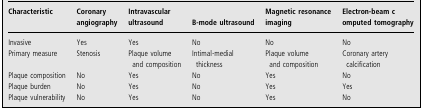
<table><thead><tr><td><b>Characteristic</b></td><td><b>Coronary angiography</b></td><td><b>Intravascular ultrasound</b></td><td><b>B-mode ultrasound</b></td><td><b>Magnetic resonance imaging</b></td><td><b>Electron-beam computed tomography</b></td></tr></thead><tbody><tr><td>Invasive</td><td>Yes</td><td>Yes</td><td>No</td><td>No</td><td>No</td></tr><tr><td>Primary measure</td><td>Stenosis</td><td>Plaque volumeand composition</td><td>Intimal-medialthickness</td><td>Plaque volumeand composition</td><td>Coronary arterycalcification</td></tr><tr><td>Plaque composition</td><td>No</td><td>Yes</td><td>No</td><td>Yes</td><td>No</td></tr><tr><td>Plaque burden</td><td>No</td><td>Yes</td><td>No</td><td>Yes</td><td>Yes</td></tr><tr><td>Plaque vulnerability</td><td>No</td><td>Yes</td><td>No</td><td>Yes</td><td>No</td></tr></tbody></table>